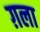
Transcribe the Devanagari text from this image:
ग़ला